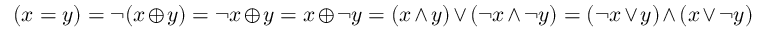
( x = y ) = \lnot ( x \oplus y ) = \lnot x \oplus y = x \oplus \lnot y = ( x \land y ) \lor ( \lnot x \land \lnot y ) = ( \lnot x \lor y ) \land ( x \lor \lnot y )